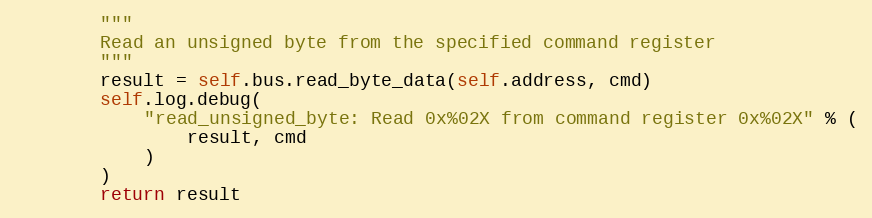
Language: Python
        """
        Read an unsigned byte from the specified command register
        """
        result = self.bus.read_byte_data(self.address, cmd)
        self.log.debug(
            "read_unsigned_byte: Read 0x%02X from command register 0x%02X" % (
                result, cmd
            )
        )
        return result